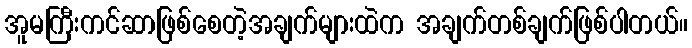
အူမကြီးကင်ဆာဖြစ်စေတဲ့အချက်များထဲက အချက်တစ်ချက်ဖြစ်ပါတယ်။